Civil Veterinary Department ledger series I-VI
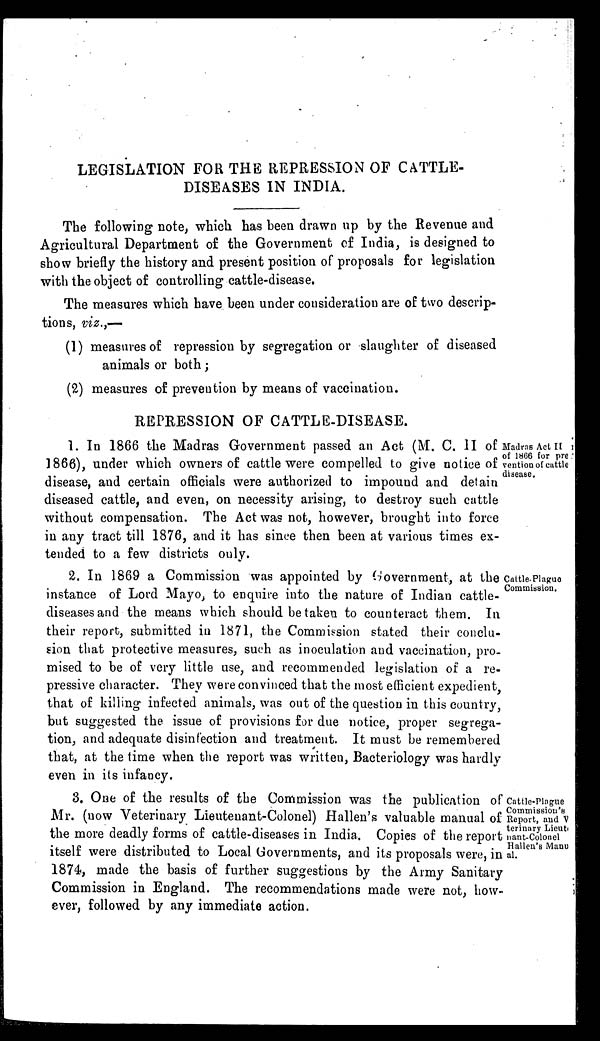
LEGISLATION FOR THE REPRESSION OF CATTLE-
DISEASES IN INDIA.
The following note, which has been drawn up by the Revenue and
Agricultural Department of the Government of India, is designed to
show briefly the history and present position of proposals for legislation
with the object of controlling cattle-disease.
The measures which have been under consideration are of two descrip-
tions, viz.,—
(1) measures of repression by segregation or slaughter of diseased
animals or both;
(2) measures of prevention by means of vaccination.
REPRESSION OF CATTLE-DISEASE.
Madras Act II
of 1866 for pre
vention of cattle
disease.
1. In 1866 the Madras Government passed an Act (M. C. II of
1866), under which owners of cattle were compelled to give notice of
disease, and certain officials were authorized to impound and detain
diseased cattle, and even, on necessity arising, to destroy such cattle
without compensation. The Act was not, however, brought into force
in any tract till 1876, and it has since then been at various times ex-
tended to a few districts only.
Cattle-Plaguo
Commission.
2. In 1869 a Commission was appointed by Government, at the
instance of Lord Mayo, to enquire into the nature of Indian cattle-
diseases and the means which should be taken to counteract them. In
their report, submitted in 1871, the Commission stated their conclu-
sion that protective measures, such as inoculation and vaccination, pro-
mised to be of very little use, and recommended legislation of a re-
pressive character. They were convinced that the most efficient expedient,
that of killing infected animals, was out of the question in this country,
but suggested the issue of provisions for due notice, proper segrega-
tion, and adequate disinfection and treatment. It must be remembered
that, at the time when the report was written, Bacteriology was hardly
even in its infancy.
Cattle-Plague
Commission's
Report, and V
terinary Licuti
nant-Colonel
Hallen's Manu
al.
3. One of the results of the Commission was the publication of
Mr. (now Veterinary Lieutenant-Colonel) Hallen's valuable manual of
the more deadly forms of cattle-diseases in India. Copies of the report
itself were distributed to Local Governments, and its proposals were, in
1874, made the basis of further suggestions by the Army Sanitary
Commission in England. The recommendations made were not, how-
ever, followed by any immediate action.